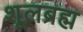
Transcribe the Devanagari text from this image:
शूलब्रह्म